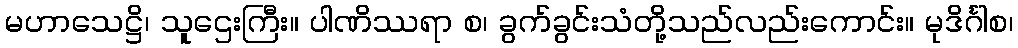
မဟာသေဋ္ဌိ၊ သူဌေးကြီး။ ပါဏိဿရာ စ၊ ခွက်ခွင်းသံတို့သည်လည်းကောင်း။ မုဒိင်္ဂါစ၊